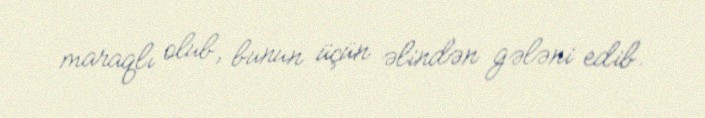
maraqlı olub, bunun üçün əlindən gələni edib.